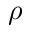
\rho